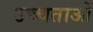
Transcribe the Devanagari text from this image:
उच्चताओं